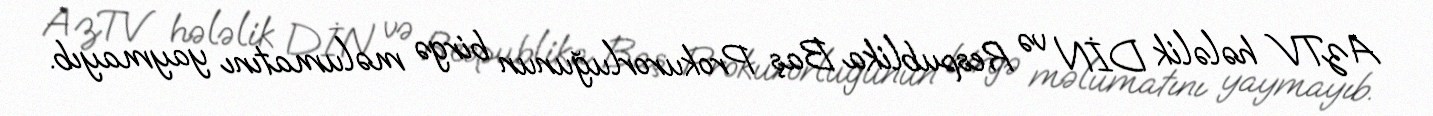
AzTV hələlik DİN və Respublika Baş Prokurorluğunun birgə məlumatını yaymayıb.